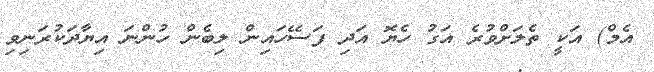
އެމް) އަކީ ތެލަށްވުރެ އަގު ހެޔޮ އަދި ފަސޭހައިން ލިބެން ހުންނަ އިޔާދަކުރަނިވި